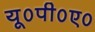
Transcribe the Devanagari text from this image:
यू०पी०ए०